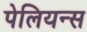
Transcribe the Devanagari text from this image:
पेलियन्स